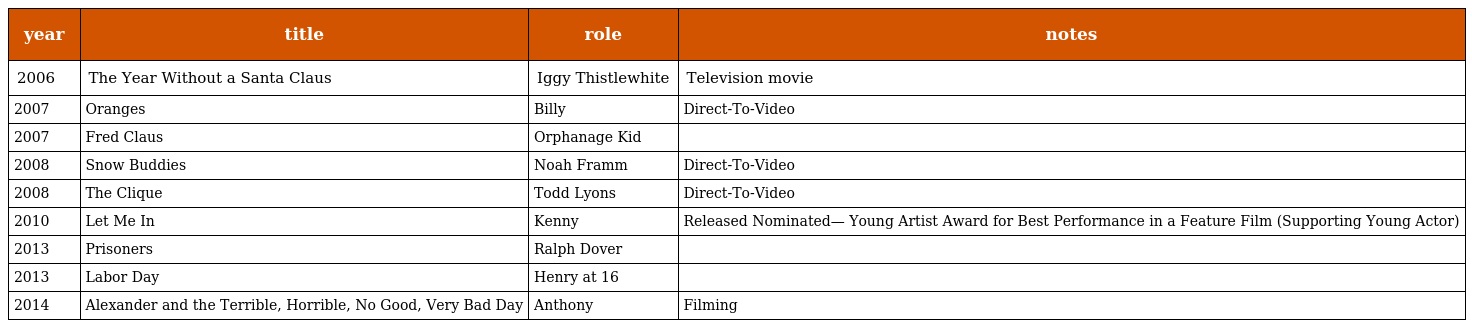
| year | title | role | notes |
 | --- | --- | --- | --- |
 | 2006 | The Year Without a Santa Claus | Iggy Thistlewhite | Television movie |
 | 2007 | Oranges | Billy | Direct-To-Video |
 | 2007 | Fred Claus | Orphanage Kid |  |
 | 2008 | Snow Buddies | Noah Framm | Direct-To-Video |
 | 2008 | The Clique | Todd Lyons | Direct-To-Video |
 | 2010 | Let Me In | Kenny | Released Nominated— Young Artist Award for Best Performance in a Feature Film (Supporting Young Actor) |
 | 2013 | Prisoners | Ralph Dover |  |
 | 2013 | Labor Day | Henry at 16 |  |
 | 2014 | Alexander and the Terrible, Horrible, No Good, Very Bad Day | Anthony | Filming |